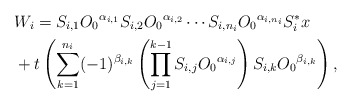
\begin{align*} &W_i=S_{i,1} {O_0}^{\alpha_{i,1} } S_{i,2} {O_0}^{\alpha_{i,2} } \cdots S_{i,n_i} {O_0}^{\alpha_{i,n_i} } S_i^{*} x \\ & +t \left( \sum_{k=1}^{n_i} (-1)^{\beta_{i,k} }\left( \prod_{j=1}^{k-1} S_{i,j} {O_0}^{\alpha_{i,j} } \right) S_{i,k} {O_0} ^{\beta_{i,k} } \right) \mbox{,}\end{align*}